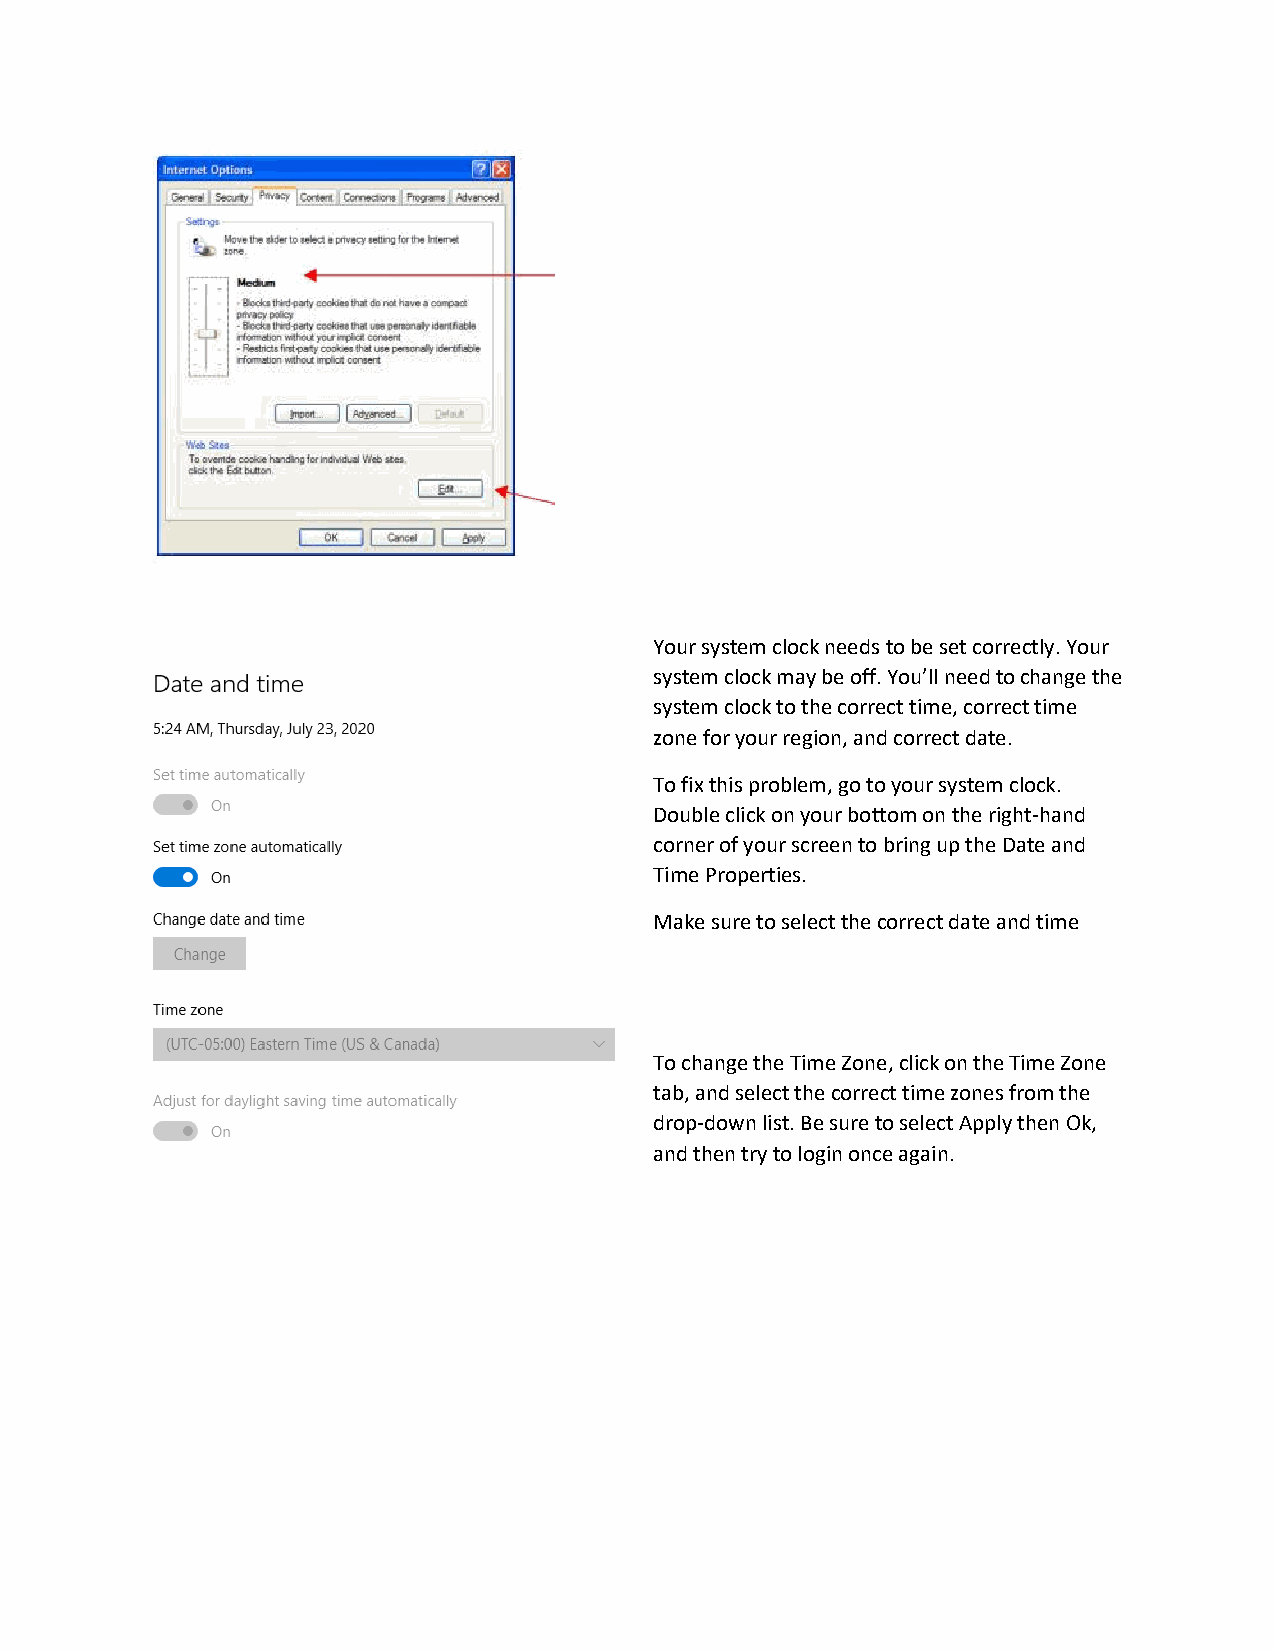
Your system clock needs to be set correctly. Your
 system clock may be off. You’ll need to change the
 system clock to the correct time, correct time
 zone for your region, and correct date.
 To fix this problem, go to your system clock.
 Double click on your bottom on the right-hand
 corner of your screen to bring up the Date and
 Time Properties.
 Make sure to select the correct date and time
 To change the Time Zone, click on the Time Zone
 tab, and select the correct time zones from the
 drop-down list. Be sure to select Apply then Ok,
 and then try to login once again.